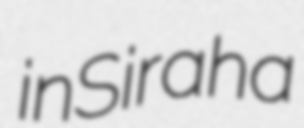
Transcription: in Siraha